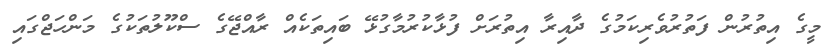
މީގެ އިތުރުން ފަތުރުވެރިކަމުގެ ދާއިރާ އިތުރަށް ފުޅާކުރުމާގުޅޭ ބައިތަކެއް ރާއްޖޭގެ ސްކޫލުތަކުގެ މަންހަޖްގައި